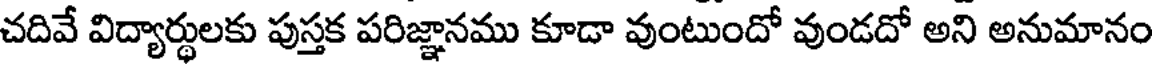
చదివే విద్యార్థులకు పుస్తక పరిజ్ఞానము కూడా వుంటుందో వుండదో అని అనుమానం